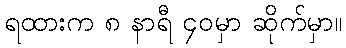
ရထားက ၈ နာရီ ၄၀မှာ ဆိုက်မှာ။